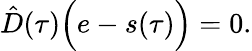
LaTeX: \hat{D}(\tau)\Big(e-s(\tau)\Big)=0.